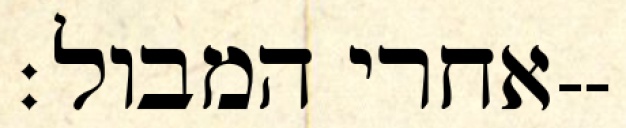
אחרי המבול׃--